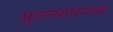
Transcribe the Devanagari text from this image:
सुटल्यासारखे